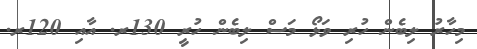
މިހާރު ލިބެން ހުރި ވަޅޯ މަސް ލިބެން ހުރީ 130ރ. އާއި 120ރ.